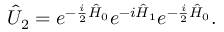
\hat { U } _ { 2 } = e ^ { - \frac { i } { 2 } \hat { H } _ { 0 } } e ^ { - i \hat { H } _ { 1 } } e ^ { - \frac { i } { 2 } \hat { H } _ { 0 } } .